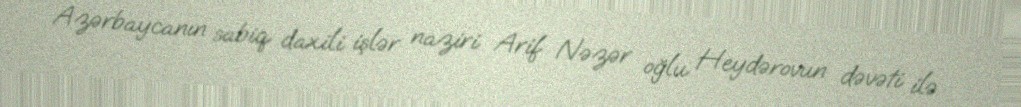
Azərbaycanın sabiq daxili işlər naziri Arif Nəzər oğlu Heydərovun dəvəti ilə